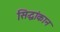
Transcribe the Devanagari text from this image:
सिद्धांकान